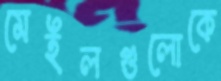
মেইলগুলোকে